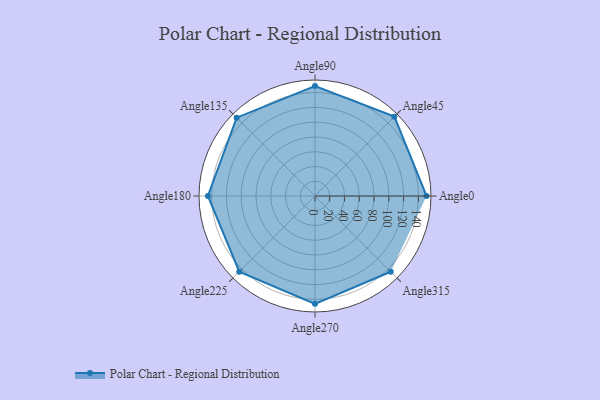
{"axis": {"x": "Angle", "y": "Radius"}, "legend": [""], "data": [{"x": "Angle0", "y": 151.0, "type": ""}, {"x": "Angle45", "y": 152.0, "type": ""}, {"x": "Angle90", "y": 149.0, "type": ""}, {"x": "Angle135", "y": 150.0, "type": ""}, {"x": "Angle180", "y": 145.0, "type": ""}, {"x": "Angle225", "y": 145.0, "type": ""}, {"x": "Angle270", "y": 146.0, "type": ""}, {"x": "Angle315", "y": 145.0, "type": ""}]}